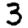
Digit: 3